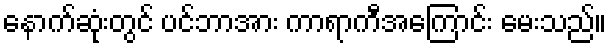
နောက်ဆုံးတွင် ပင်ဘာအား ကာရာကီအကြောင်း မေးသည်။